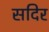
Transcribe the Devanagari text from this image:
सदिर